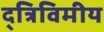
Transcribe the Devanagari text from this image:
द्त्रिविमीय